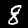
Label: 8